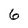
Character: 6